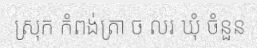
ស្រុក កំពង់ត្រា ច លរ ឃុំ ចំនួន